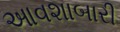
આવશાબારી